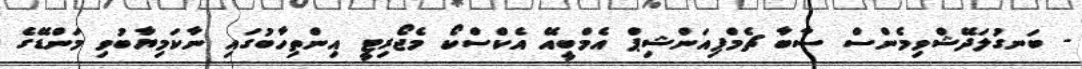
- ބަނގުލަދޭޝްވިމެންސް ސާބާ ޗެމްޕިއަންޝިޕް އެމްބީއޭ އެކްސްކޯ މެޖޯރިޓީ އިންތިހާބުގައި ނާކަމިޔާބުވި މަންޑޭގެ